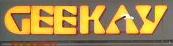
geekay